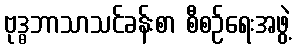
ဗုဒ္ဓဘာသာသင်ခန်းစာ စီစဉ်ရေးအဖွဲ့